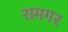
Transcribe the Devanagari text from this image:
रामगर